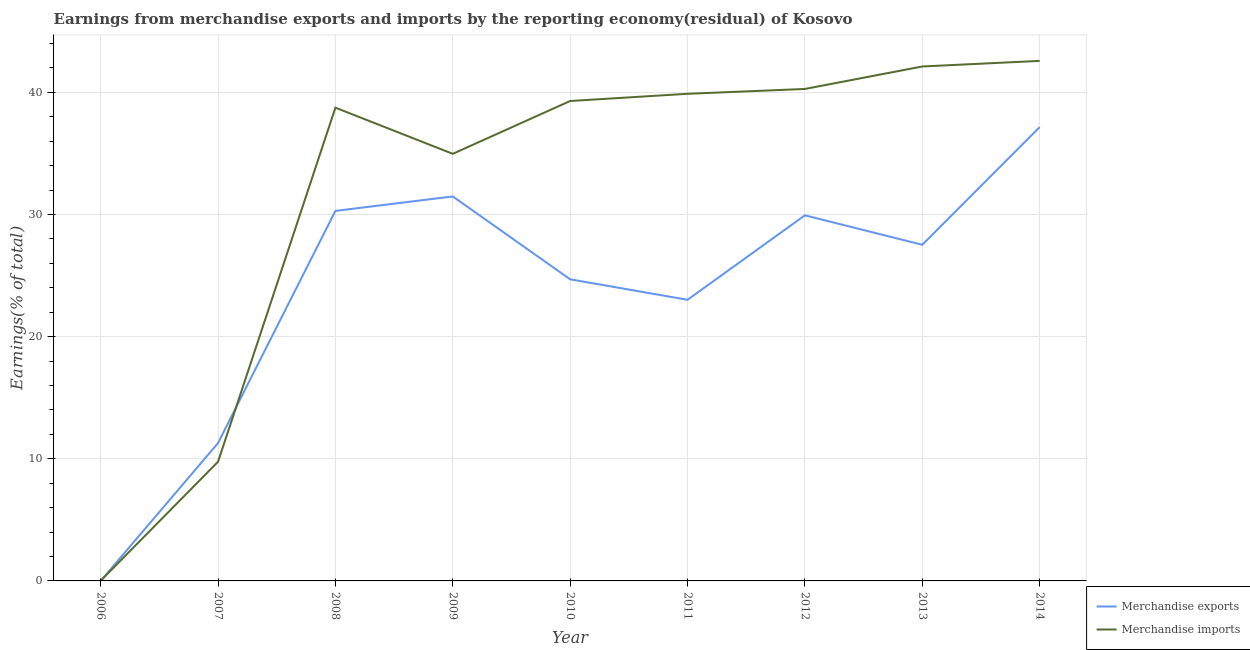
| Year | Merchandise exports | Merchandise imports |
 | --- | --- | --- |
 | 2006 | 7.81e-09 | 0.0133 |
 | 2007 | 11.3 | 9.76 |
 | 2008 | 30.3 | 38.7 |
 | 2009 | 31.5 | 35 |
 | 2010 | 24.7 | 39.3 |
 | 2011 | 23 | 39.9 |
 | 2012 | 29.9 | 40.3 |
 | 2013 | 27.5 | 42.1 |
 | 2014 | 37.2 | 42.6 |